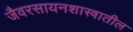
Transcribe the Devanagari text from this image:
जैवरसायनशास्त्रातील